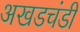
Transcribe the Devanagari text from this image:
अखडचंडी